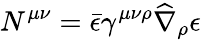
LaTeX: N^{\mu\nu}=\bar{\epsilon}\gamma^{\mu\nu\rho}\widehat\nabla_{\rho}\epsilon